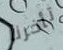
تأخرنا